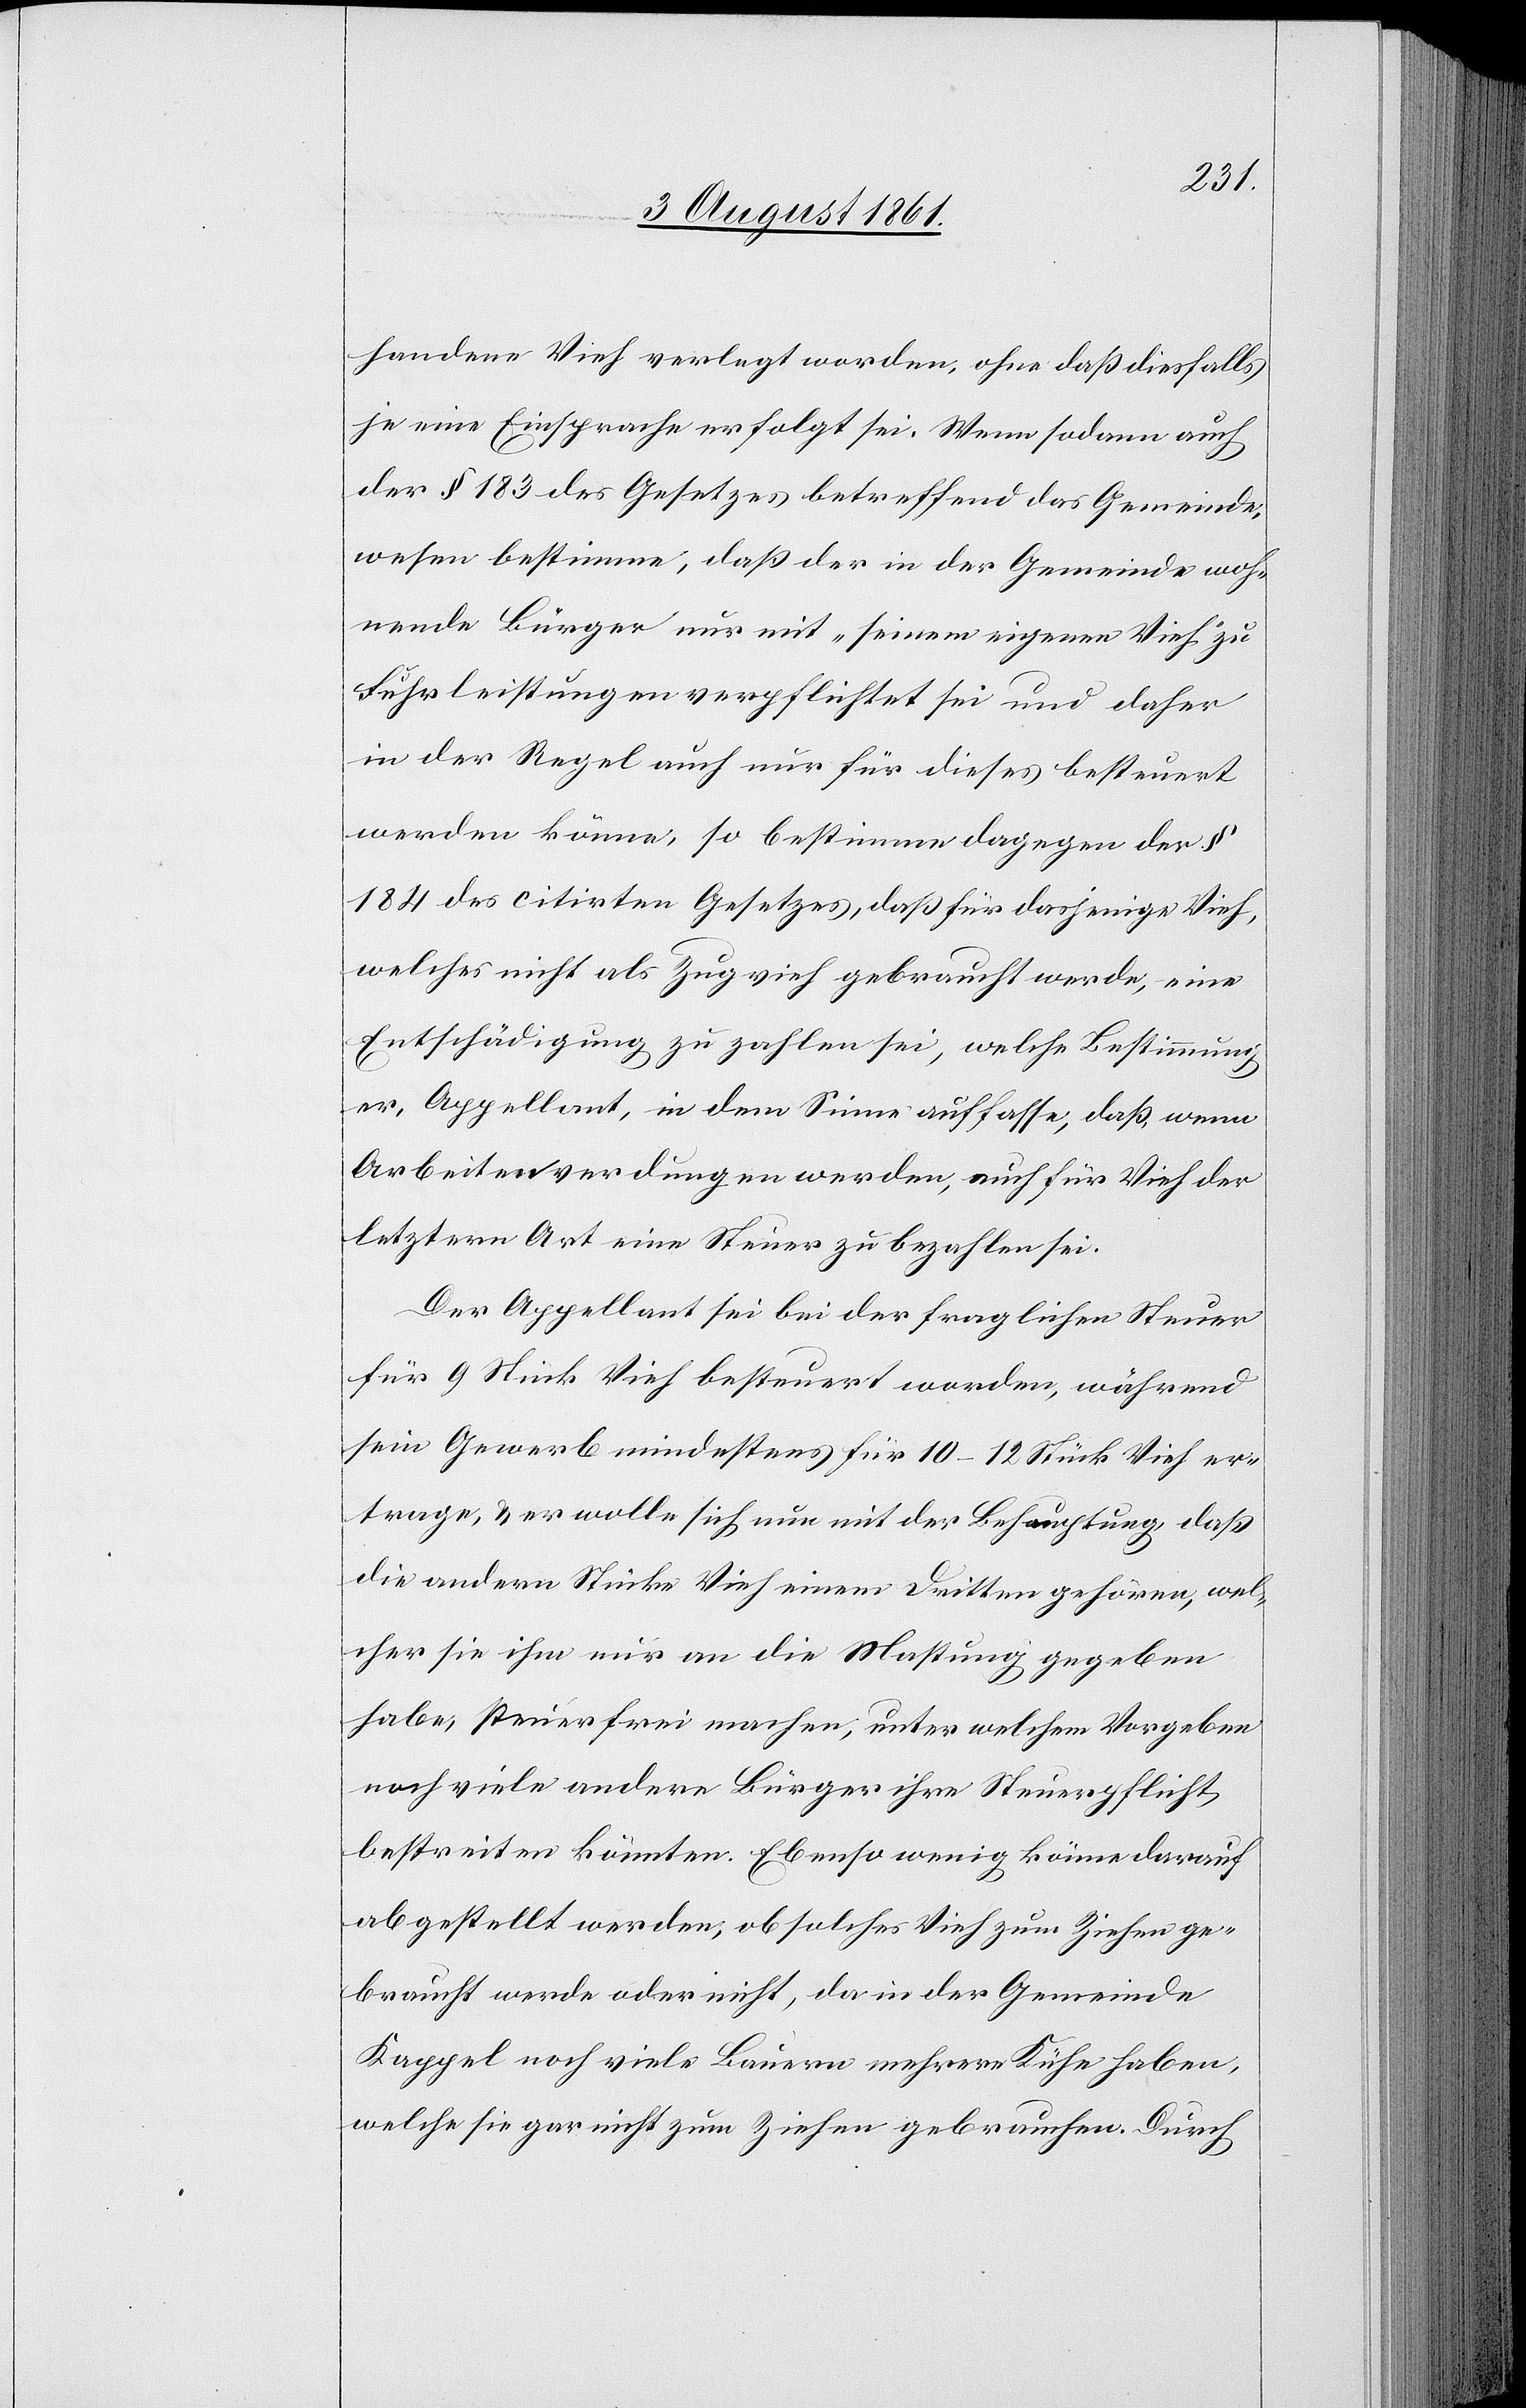
handene Vieh verlegt worden, ohne daß diesfalls
je eine Einsprache erfolgt sei. Wenn sodann auch
der § 183 des Gesetzes betreffend das Gemeinde¬
wesen bestimme, daß der in der Gemeinde woh¬
nende Bürger nur mit „seinem eigenen Vieh“ zu
Fuhrleistungen verpflichtet sei und daher
in der Regel auch nur für dieses besteuert
werden könne, so bestimme dagegen der §
184 des citirten Gesetzes, daß für dasjenige Vieh,
welches nicht als Zugvieh gebraucht werde, eine
Entschädigung zu zahlen sei, welche Bestimmung
er, Appellant, in dem Sinne auffasse, daß, wenn
Arbeiten verdungen werden, auch für Vieh der
letztern Art eine Steuer zu bezahlen sei.
Der Appellant [sic!] sei bei der fraglichen Steuer
für 9 Stück Vieh besteuert worden, während
sein Gewerb mindestens für 10–12 Stück Vieh er¬
trage, u. er wolle sich nun mit der Behauptung daß
die andern Stücke Vieh einem Dritten gehören, wel¬
cher sie ihm nur an die Mastung gegeben
habe, steuerfrei machen, unter welchen Vorgaben
noch viele andere Bürger ihre Steuerpflicht
bestreiten könnten. Ebenso wenig könne darauf
abgestellt werden, ob solches Vieh zum Ziehen ge¬
braucht werde oder nicht, da in der Gemeinde
Kappel noch viele Bauern mehrere Kühe haben,
welche sie gar nicht zum Ziehen gebrauchen. Durch